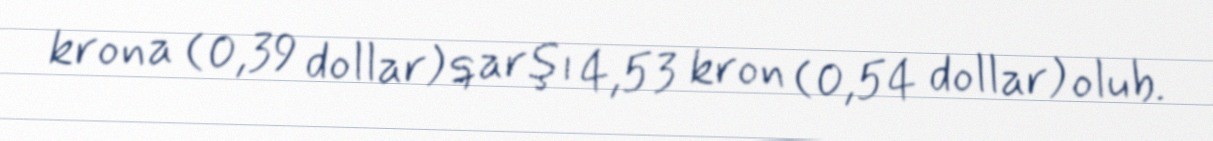
krona (0,39 dollar) qarşı 4,53 kron (0,54 dollar) olub.